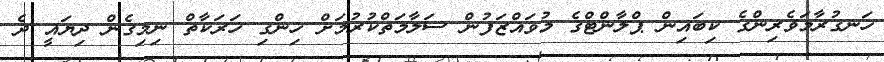
ހަނގުރާމަވެރިންގެ ކިބައިން ޕްލާންޓްގެ މުވައްޒަފުން ސަލާމަތްކުރުމަށް ހިންގި ހަރަކާތް ނިމިގެން ދިޔައީ ދެ